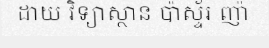
ដាយ វិទ្យាស្ថាន ប៉ាស្ទ័រ ញ៉ា